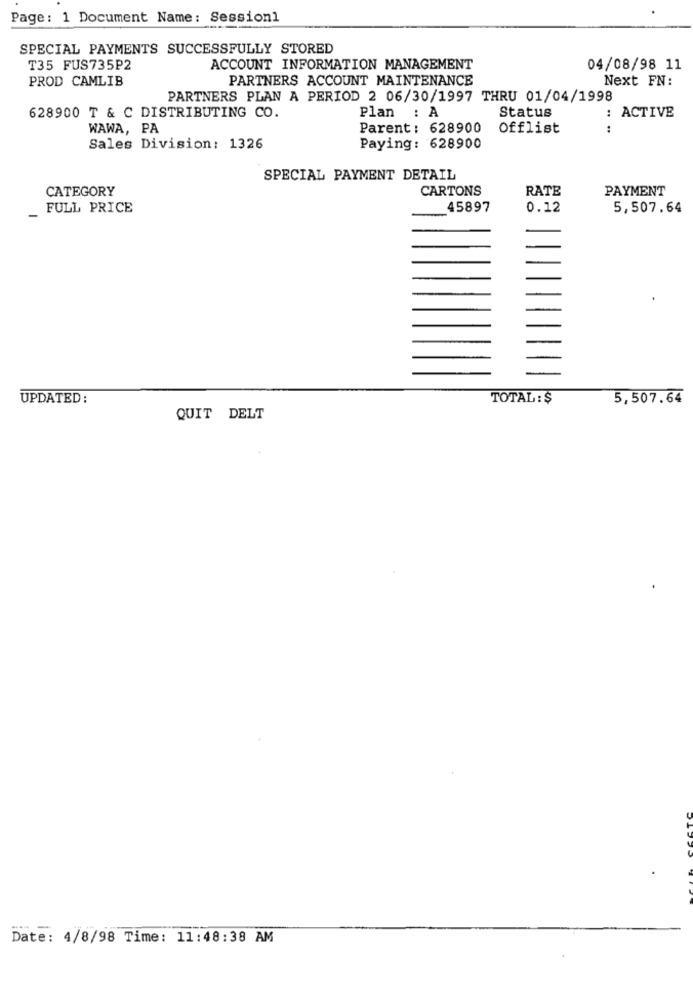
Page: 1 Document Name: Session1
SPECIAL PAYMENTS SUCCESSFULLY STORED
T35 FUS735P2
ACCOUNT INFORMATION MANAGEMENT
04/08/98 11
PROD CAMLIB
PARTNERS ACCOUNT MAINTENANCE
Next FN:
PARTNERS PLAN A PERIOD 2 06/30/1997 THRU 01/04/1998
Status
: ACTIVE
628900 T & C DISTRIBUTING CO.
Plan : A
WAWA, PA
Parent : 628900
Offlist
Sales Division: 1326
Paying: 628900
SPECIAL PAYMENT DETAIL
CATEGORY
CARTONS
RATE
PAYMENT
FULL PRICE
_45897
0.12
5,507.64
UPDATED :
TOTAL: $
5,507.64
QUIT DELT
Date: 4/8/98 Time: 11:48:38 AM